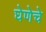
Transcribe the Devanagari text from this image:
घेणेचे